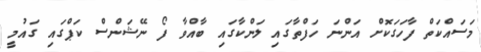
މަސައްކަތް ފާހަގަކޮށް އަންނަ ހަފްތާގައި ލަންކާގައި ބާއްވާ ފޯ ނޭޝަންސް ކަޕްގައި ގައުމީ